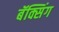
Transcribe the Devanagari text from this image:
बॅक्सिंग